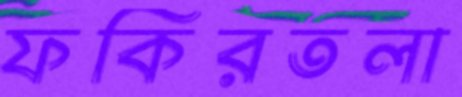
ফকিরতলা